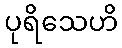
ပုရိသေဟိ